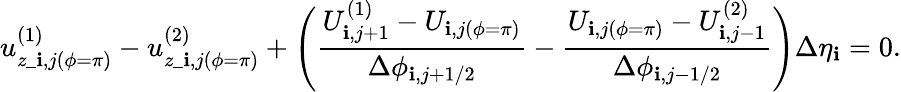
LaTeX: u_{z\_ \mathbf{i},j(\phi=\pi)}^{(1)}-u_{z\_ \mathbf{i},j(\phi=\pi)}^{(2)}+\Biggl(\frac{{U_{\mathbf{i},j+1}^{(1)}-U_{\mathbf{i},j(\phi=\pi)}}}{{\Delta\phi_{\mathbf{i},j+1/2}}}-\frac{{U_{\mathbf{i},j(\phi=\pi)}-U_{\mathbf{i},j-1}^{(2)}}}{{\Delta\phi_{\mathbf{i},j-1/2}}}\Biggr)\Delta\eta_{\mathbf{i}}=0.